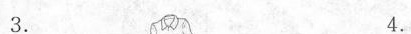
3. 4.